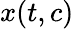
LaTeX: x(t,c)